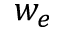
w _ { e }